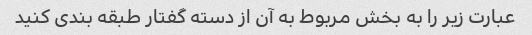
عبارت زیر را به بخش مربوط به آن از دسته گفتار طبقه بندی کنید